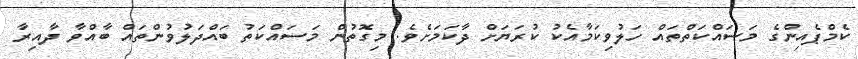
ކެމްޕެއިންގެ މަސައްކަތްތައް ހަލުވިކަމާއެކު ކުރަޔަށް ދާކަމަށެވެ. މިގޮތުން މަސައްކަތު ބައްދަލުވުންތައް ބާއްވާ ދާއިރާ